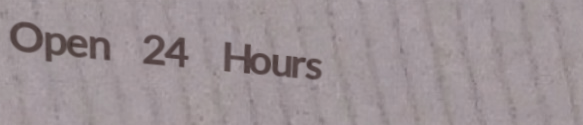
Open 24 Hours